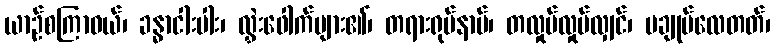
ယာဉ်စကြာဝယ်၊ ခန္ဓာငါးပါး၊ လွှဲးဖေါက်များ၏၊ တရားရုပ်နာမ်၊ တလှုပ်လှုပ်လျှင်၊ မချုပ်လေတတ်၊